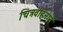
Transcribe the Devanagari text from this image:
चित्रवाहनाने